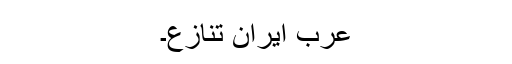
عرب ایران تنازع۔